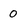
Character: 0